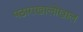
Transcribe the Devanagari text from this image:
पठाराखालोखाल